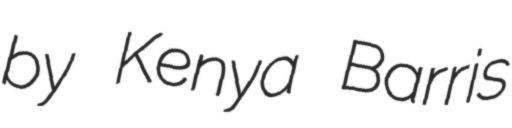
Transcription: by Kenya Barris